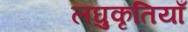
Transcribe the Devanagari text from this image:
लघुकृतियाँ